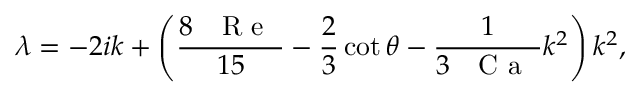
\lambda = - 2 i k + \left( \frac { 8 \mathrm { ~ \textit ~ { ~ R ~ e ~ } ~ } } { 1 5 } - \frac { 2 } { 3 } \cot \theta - \frac { 1 } { 3 \mathrm { ~ \textit ~ { ~ C ~ a ~ } ~ } } k ^ { 2 } \right) k ^ { 2 } ,